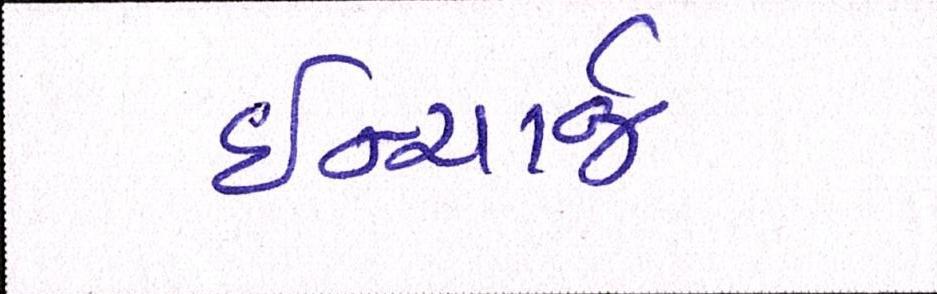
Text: ઈન્ચાર્જ